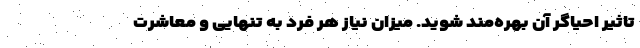
تاثیر احیاگر آن بهره‌مند شوید. میزانِ نیاز هر فرد به تنهایی و معاشرت